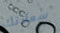
سعادتك